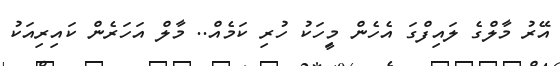
އޭރު މާލްގެ ލައިފްގަ އެހެން މީިހަކު ހުރި ކަމެއް.. މާލް އަހަރެން ކައިރިއަކު